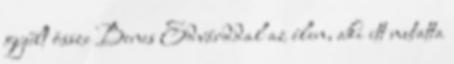
gyűlt össze Benes Edvárddal az élen, aki itt mutatta